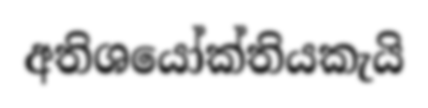
අතිශයෝක්තියකැයි